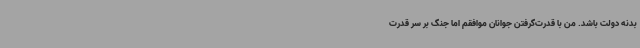
بدنه دولت باشد. من با قدرت‌گرفتن جوانان موافقم اما جنگ بر سر قدرت